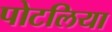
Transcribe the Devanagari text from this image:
पोटलिया